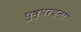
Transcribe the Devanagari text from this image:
पुष्परचना